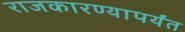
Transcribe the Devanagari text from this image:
राजकारण्यापर्यंत